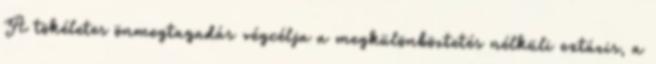
A tökéletes önmegtagadás végcélja a megkülönböztetés nélküli extázis, a